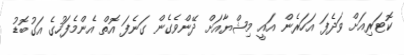
ކޮޓަރިއަށް ވަދެފަ އަހަރެން އައީ މިޝްޔާއަށް ދޭންވެގެން ގަނެފަ އޮތް އެންމެފަހުގެ އަގުބޮޑު